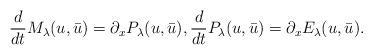
LaTeX: \begin{align*}\frac{d}{dt} M_\lambda(u,\bar u) = \partial_x P_\lambda(u,\bar u), \frac{d}{dt} P_\lambda(u,\bar u) = \partial_x E_\lambda(u,\bar u).\end{align*}